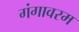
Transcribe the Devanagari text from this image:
गंगावरम